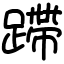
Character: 蹛